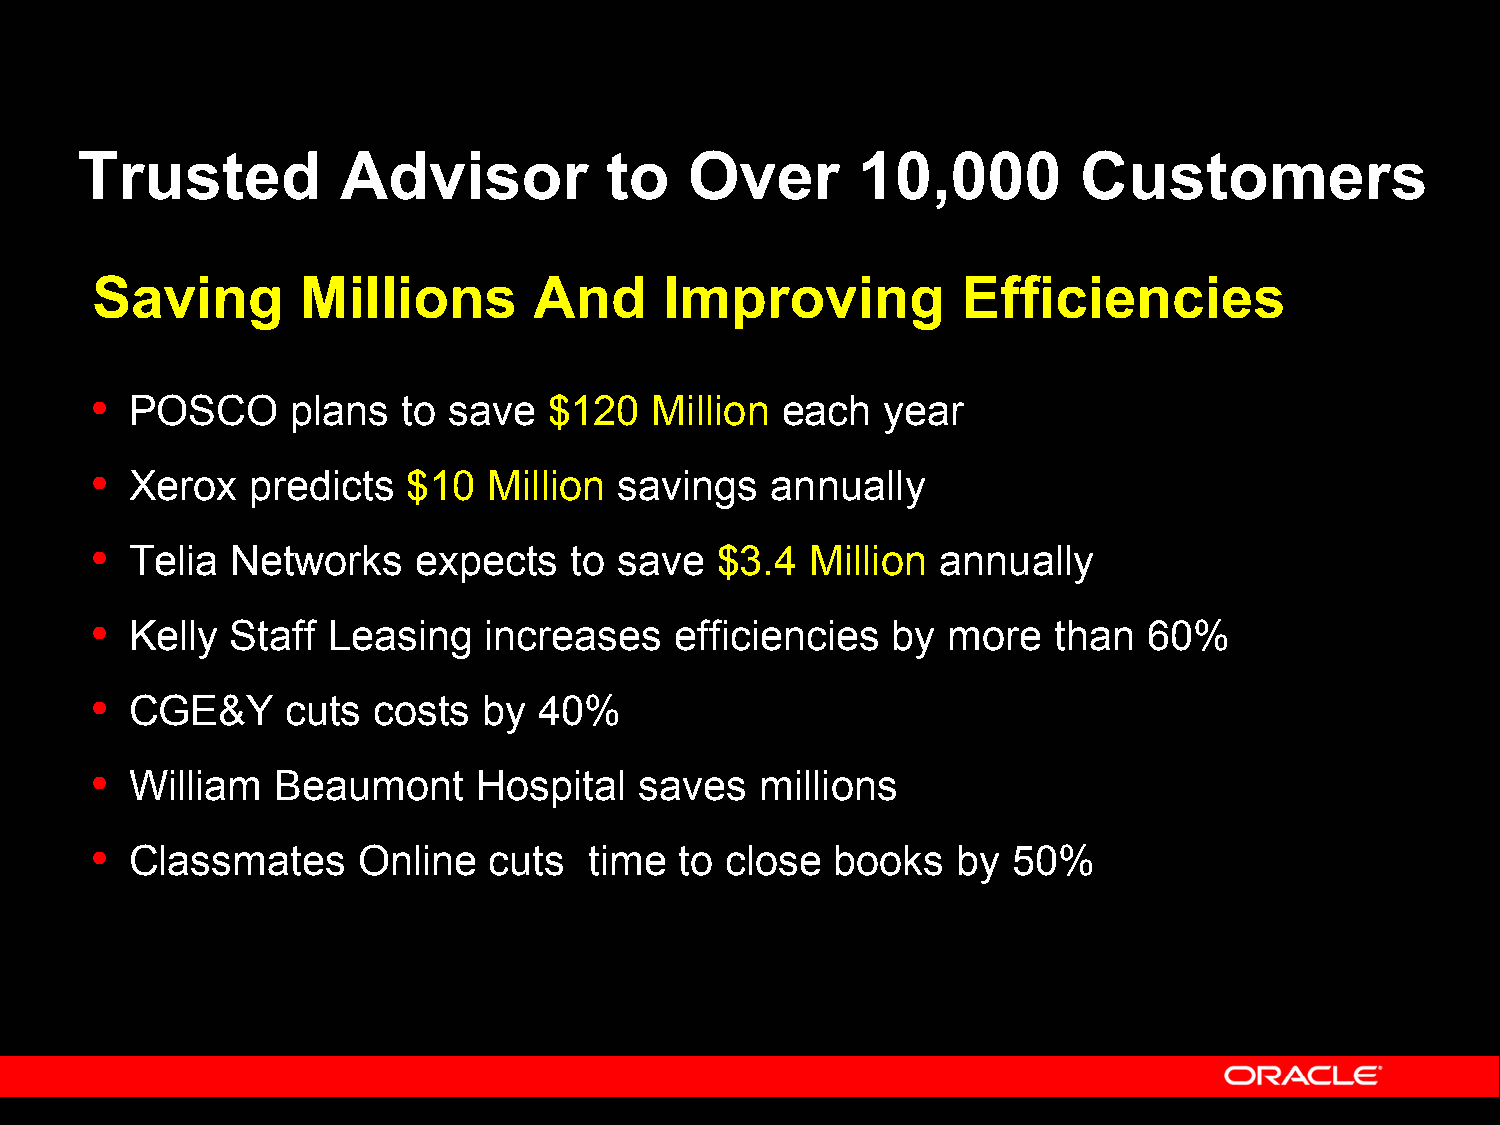
Trusted          Advisor           to    Over       10,000        Customers
 Saving        Millions       And      Improving           Efficiencies
 •
 POSCO      plans   to save  $120   Million  each  year
 •
 Xerox   predicts   $10  Million  savings   annually
 •
 Telia  Networks    expects    to save  $3.4   Million annually
 •
 Kelly  Staff  Leasing   increases    efficiencies  by  more   than  60%
 •
 CGE&Y      cuts  costs  by  40%
 •
 William   Beaumont     Hospital   saves   millions
 •
 Classmates      Online  cuts   time  to close  books   by  50%